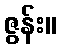
ဇွန်း။